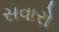
સવારો